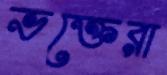
ভক্তেরা